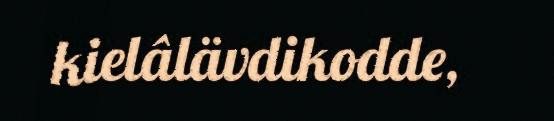
kielâlävdikodde,